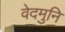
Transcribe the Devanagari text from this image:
वेदमुनि